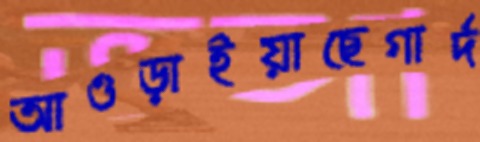
আওড়াইয়াছেগার্দ